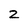
Character: 2